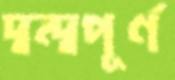
দ্বন্দ্বপূর্ণ